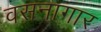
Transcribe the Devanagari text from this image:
वसनागार